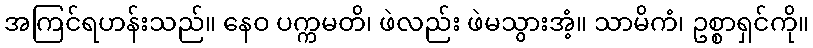
အကြင်ရဟန်းသည်။ နေဝ ပက္ကမတိ၊ ဖဲလည်း ဖဲမသွားအံ့။ သာမိကံ၊ ဥစ္စာရှင်ကို။